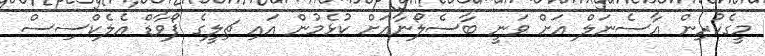
މީގެކުރިން އާސެނަލް އަށް ވަނީ ބާސެލޯނާއަށް ކުޅެމުން އައި ޗިލީގެ ފޯވާޑް އެލެކްސިސް